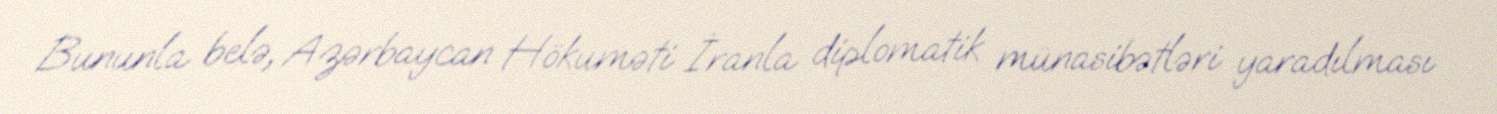
Bununla belə, Azərbaycan Hökuməti İranla diplomatik münasibətləri yaradılması